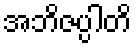
အဘိဇပ္ပါတိ